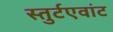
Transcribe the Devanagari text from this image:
स्तुर्टएवांट